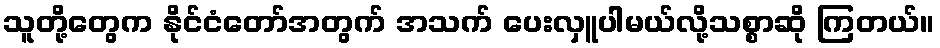
သူတို့တွေက နိုင်ငံတော်အတွက် အသက် ပေးလှူပါမယ်လို့သစ္စာဆို ကြတယ်။